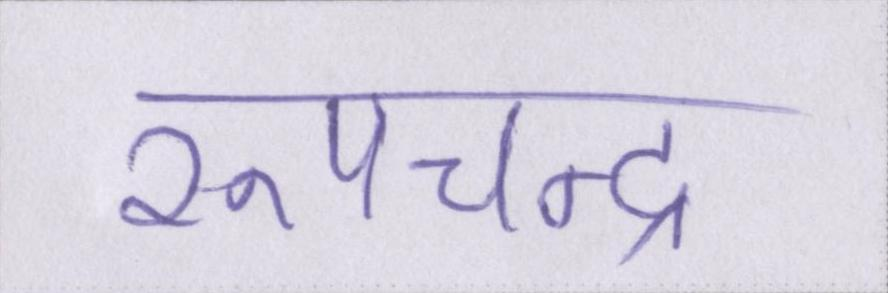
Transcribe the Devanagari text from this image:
रूपचन्द्र